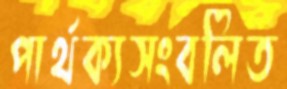
পার্থক্যসংবলিত